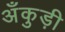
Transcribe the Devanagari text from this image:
अँकुड़ी